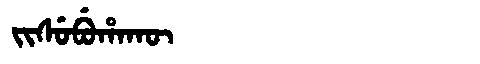
Manchu: ᠵᡳᠰᡠᠪᡠᡥᠠᡴᡡ
Romanization: JISUBUHAKŪ